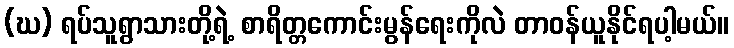
(ဃ) ရပ်သူရွာသားတို့ရဲ့ စာရိတ္တကောင်းမွန်ရေးကိုလဲ တာဝန်ယူနိုင်ရပါ့မယ်။